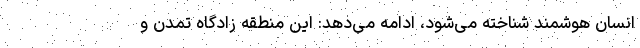
انسان هوشمند شناخته می‌شود، ادامه می‌دهد: این منطقه زادگاه تمدن و